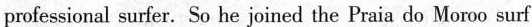
professional surfer. So he joined the Praia do Moroo surf